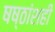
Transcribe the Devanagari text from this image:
षष्ठांशही